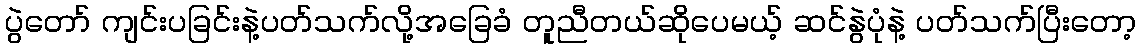
ပွဲတော် ကျင်းပခြင်းနဲ့ပတ်သက်လို့အခြေခံ တူညီတယ်ဆိုပေမယ့် ဆင်နွဲပုံနဲ့ ပတ်သက်ပြီးတော့